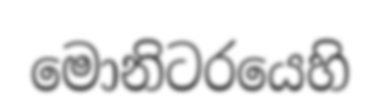
මොනිටරයෙහි